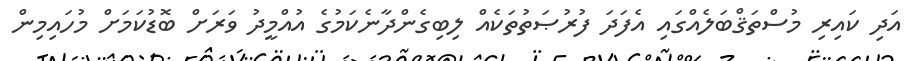
އަދި ކައިރި މުސްތަޤްބަލެއްގައި އެފަދަ ފުރުޞަތުތަކެއް ލިބިގެންދާނެކަމުގެ އުއްމީދު ވަރަށް ބޮޑުކަމަށް މުހައިމިން